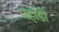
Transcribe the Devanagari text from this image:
पहाडी